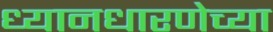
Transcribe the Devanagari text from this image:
ध्यानधारणेच्या